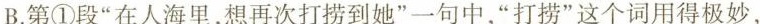
B.第①段“在人海里，想再次打捞到她”一句中，“打捞”这个词用得极妙，